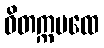
ဝိတက္ကပထေ